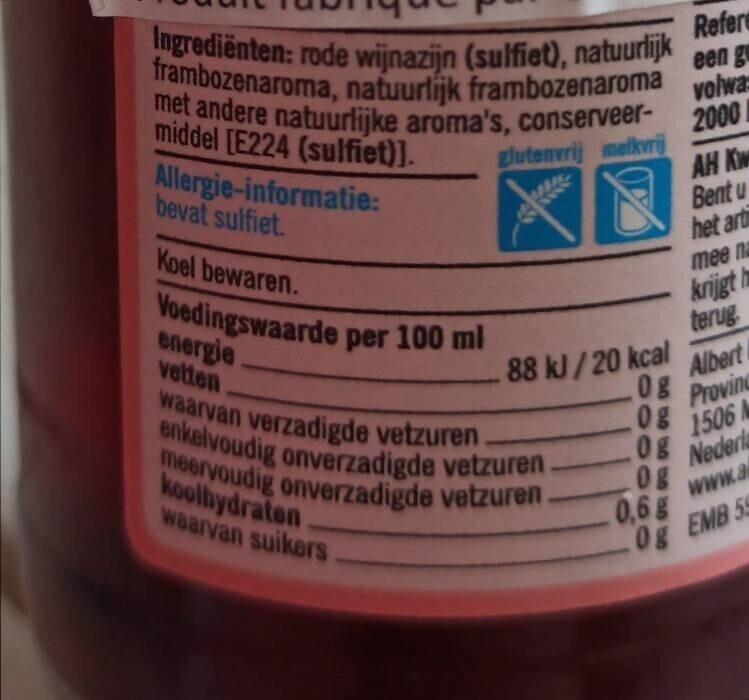
Ingrediënten: rode wijnazijn (sulfiet), natuurlijk frambozenaroma, natuurlijk frambozenaroma met andere natuurlijke aroma's, conserveermiddel [E224 (sulfiet)].
glutenvrij melkvrij
Allergie-informatie: bevat sulfiet.
Koel bewaren.
Voedingswaarde per 100 ml
energie vetten
waarvan verzadigde vetzuren. enkelvoudig onverzadigde vetzurenmeervoudig onverzadigde vetzuren. koolhydraten waarvan suikers
.88 kJ/20 kcal .0g
08
Refere
een g
volwa
2000
08 0g
0,6 g
AH Kw
Bent u
het arti
terug Albert
Provinc
mee na
krijgt h
1506 M
Nederla
www.a
Og EMB 59